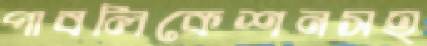
পাবলিকেশনসহ